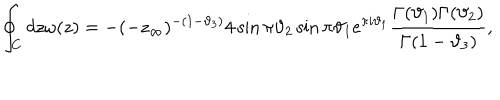
LaTeX: \oint _ { C } d z \omega ( z ) = - ( - z _ { \infty } ) ^ { - ( 1 - \vartheta _ { 3 } ) } 4 \sin \pi \vartheta _ { 2 } \sin \pi \vartheta _ { 1 } e ^ { \pi i \vartheta _ { 1 } } \frac { \Gamma ( \vartheta _ { 1 } ) \Gamma ( \vartheta _ { 2 } ) } { \Gamma ( 1 - \vartheta _ { 3 } ) } ,